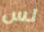
لس